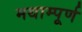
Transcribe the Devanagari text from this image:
मथाम्पूर्ण